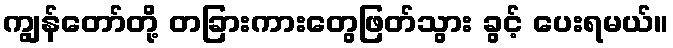
ကျွန်တော်တို့ တခြားကားတွေဖြတ်သွား ခွင့် ပေးရမယ်။